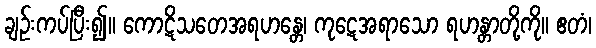
ချဉ်းကပ်ပြီး၍။ ကောဋိသတေအရဟန္တေ၊ ကုဋေအရာသော ရဟန္တာတို့ကို။ ဧတံ၊